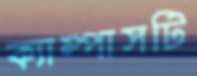
ক্যাম্পাসটি